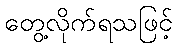
တွေ့လိုက်ရသဖြင့်